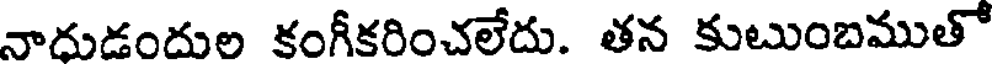
నాధుడందుల కంగీకరించలేదు. తన కుటుంబముతో